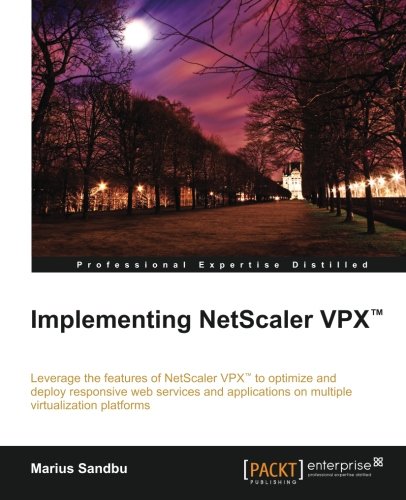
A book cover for Implementing Netscaler VPX; Marius Sandbu; Computers & Technology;